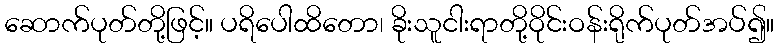
ဆောက်ပုတ်တို့ဖြင့်။ ပရိပေါထိတော၊ ခိုးသူငါးရာတို့ဝိုင်းဝန်းရိုက်ပုတ်အပ်၍။